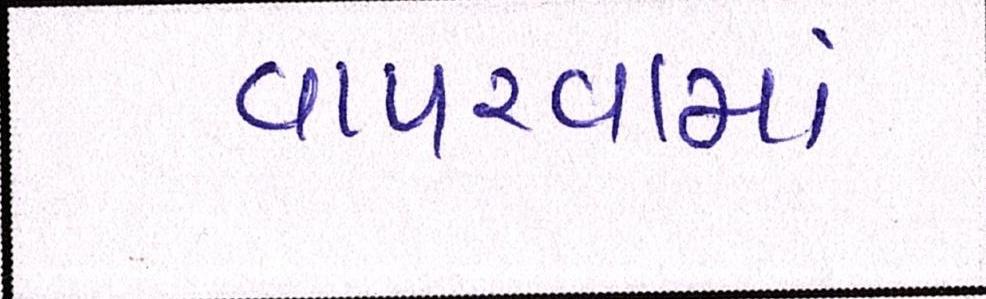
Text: વાપરવામાં